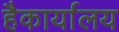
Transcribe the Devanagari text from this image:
हैकार्यालय